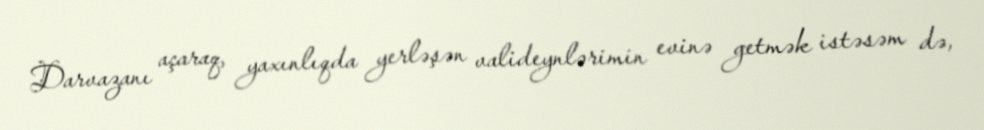
Darvazanı açaraq, yaxınlıqda yerləşən valideynlərimin evinə getmək istəsəm də,